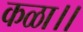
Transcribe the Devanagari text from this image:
कळा।।